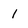
Character: 1